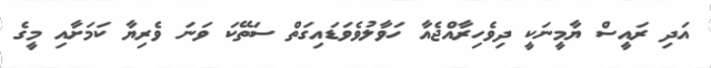
އަދި ރައީސް ޔާމީނަކީ ދިވެހިރާއްޖެއާ ހަވާލުވެވަޑައިގަތް ސަތޭކަ ވަނަ ވެރިޔާ ކަމަށާއި މީގެ